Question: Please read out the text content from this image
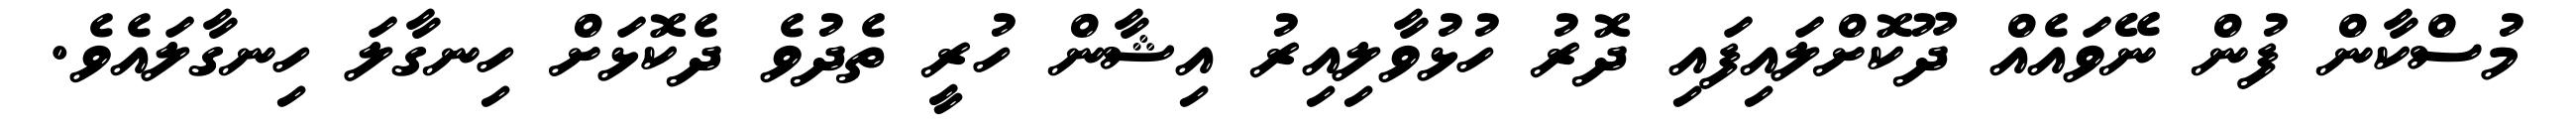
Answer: މުސްކާން ފުން ނޭވައެއް ދޫކޮށްލައިފައި ދޮރު ހުޅުވާލިއިރު އިޝާން ހުރީ ތެދުވެ ދެކޮޅަށް ހިނގާލަ ހިނގާލައެވެ.